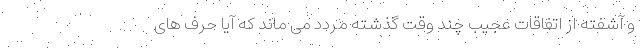
و آشفته از اتفاقات عجیب چند وقت گذشته مردد می ماند که آیا حرف های